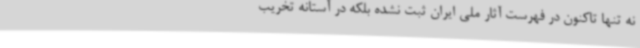
نه تنها تاکنون در فهرست آثار ملی ایران ثبت نشده بلکه در آستانه تخریب